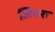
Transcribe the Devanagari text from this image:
जितरा